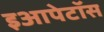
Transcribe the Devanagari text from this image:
इआपेटॉस